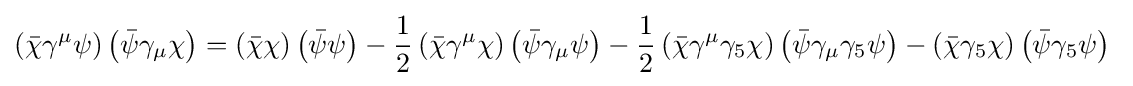
\left({\bar {\chi }}\gamma ^{\mu }\psi \right)\left({\bar {\psi }}\gamma _{\mu }\chi \right)=\left({\bar {\chi }}\chi \right)\left({\bar {\psi }}\psi \right)-{\frac {1}{2}}\left({\bar {\chi }}\gamma ^{\mu }\chi \right)\left({\bar {\psi }}\gamma _{\mu }\psi \right)-{\frac {1}{2}}\left({\bar {\chi }}\gamma ^{\mu }\gamma _{5}\chi \right)\left({\bar {\psi }}\gamma _{\mu }\gamma _{5}\psi \right)-\left({\bar {\chi }}\gamma _{5}\chi \right)\left({\bar {\psi }}\gamma _{5}\psi \right)~